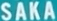
SAKA